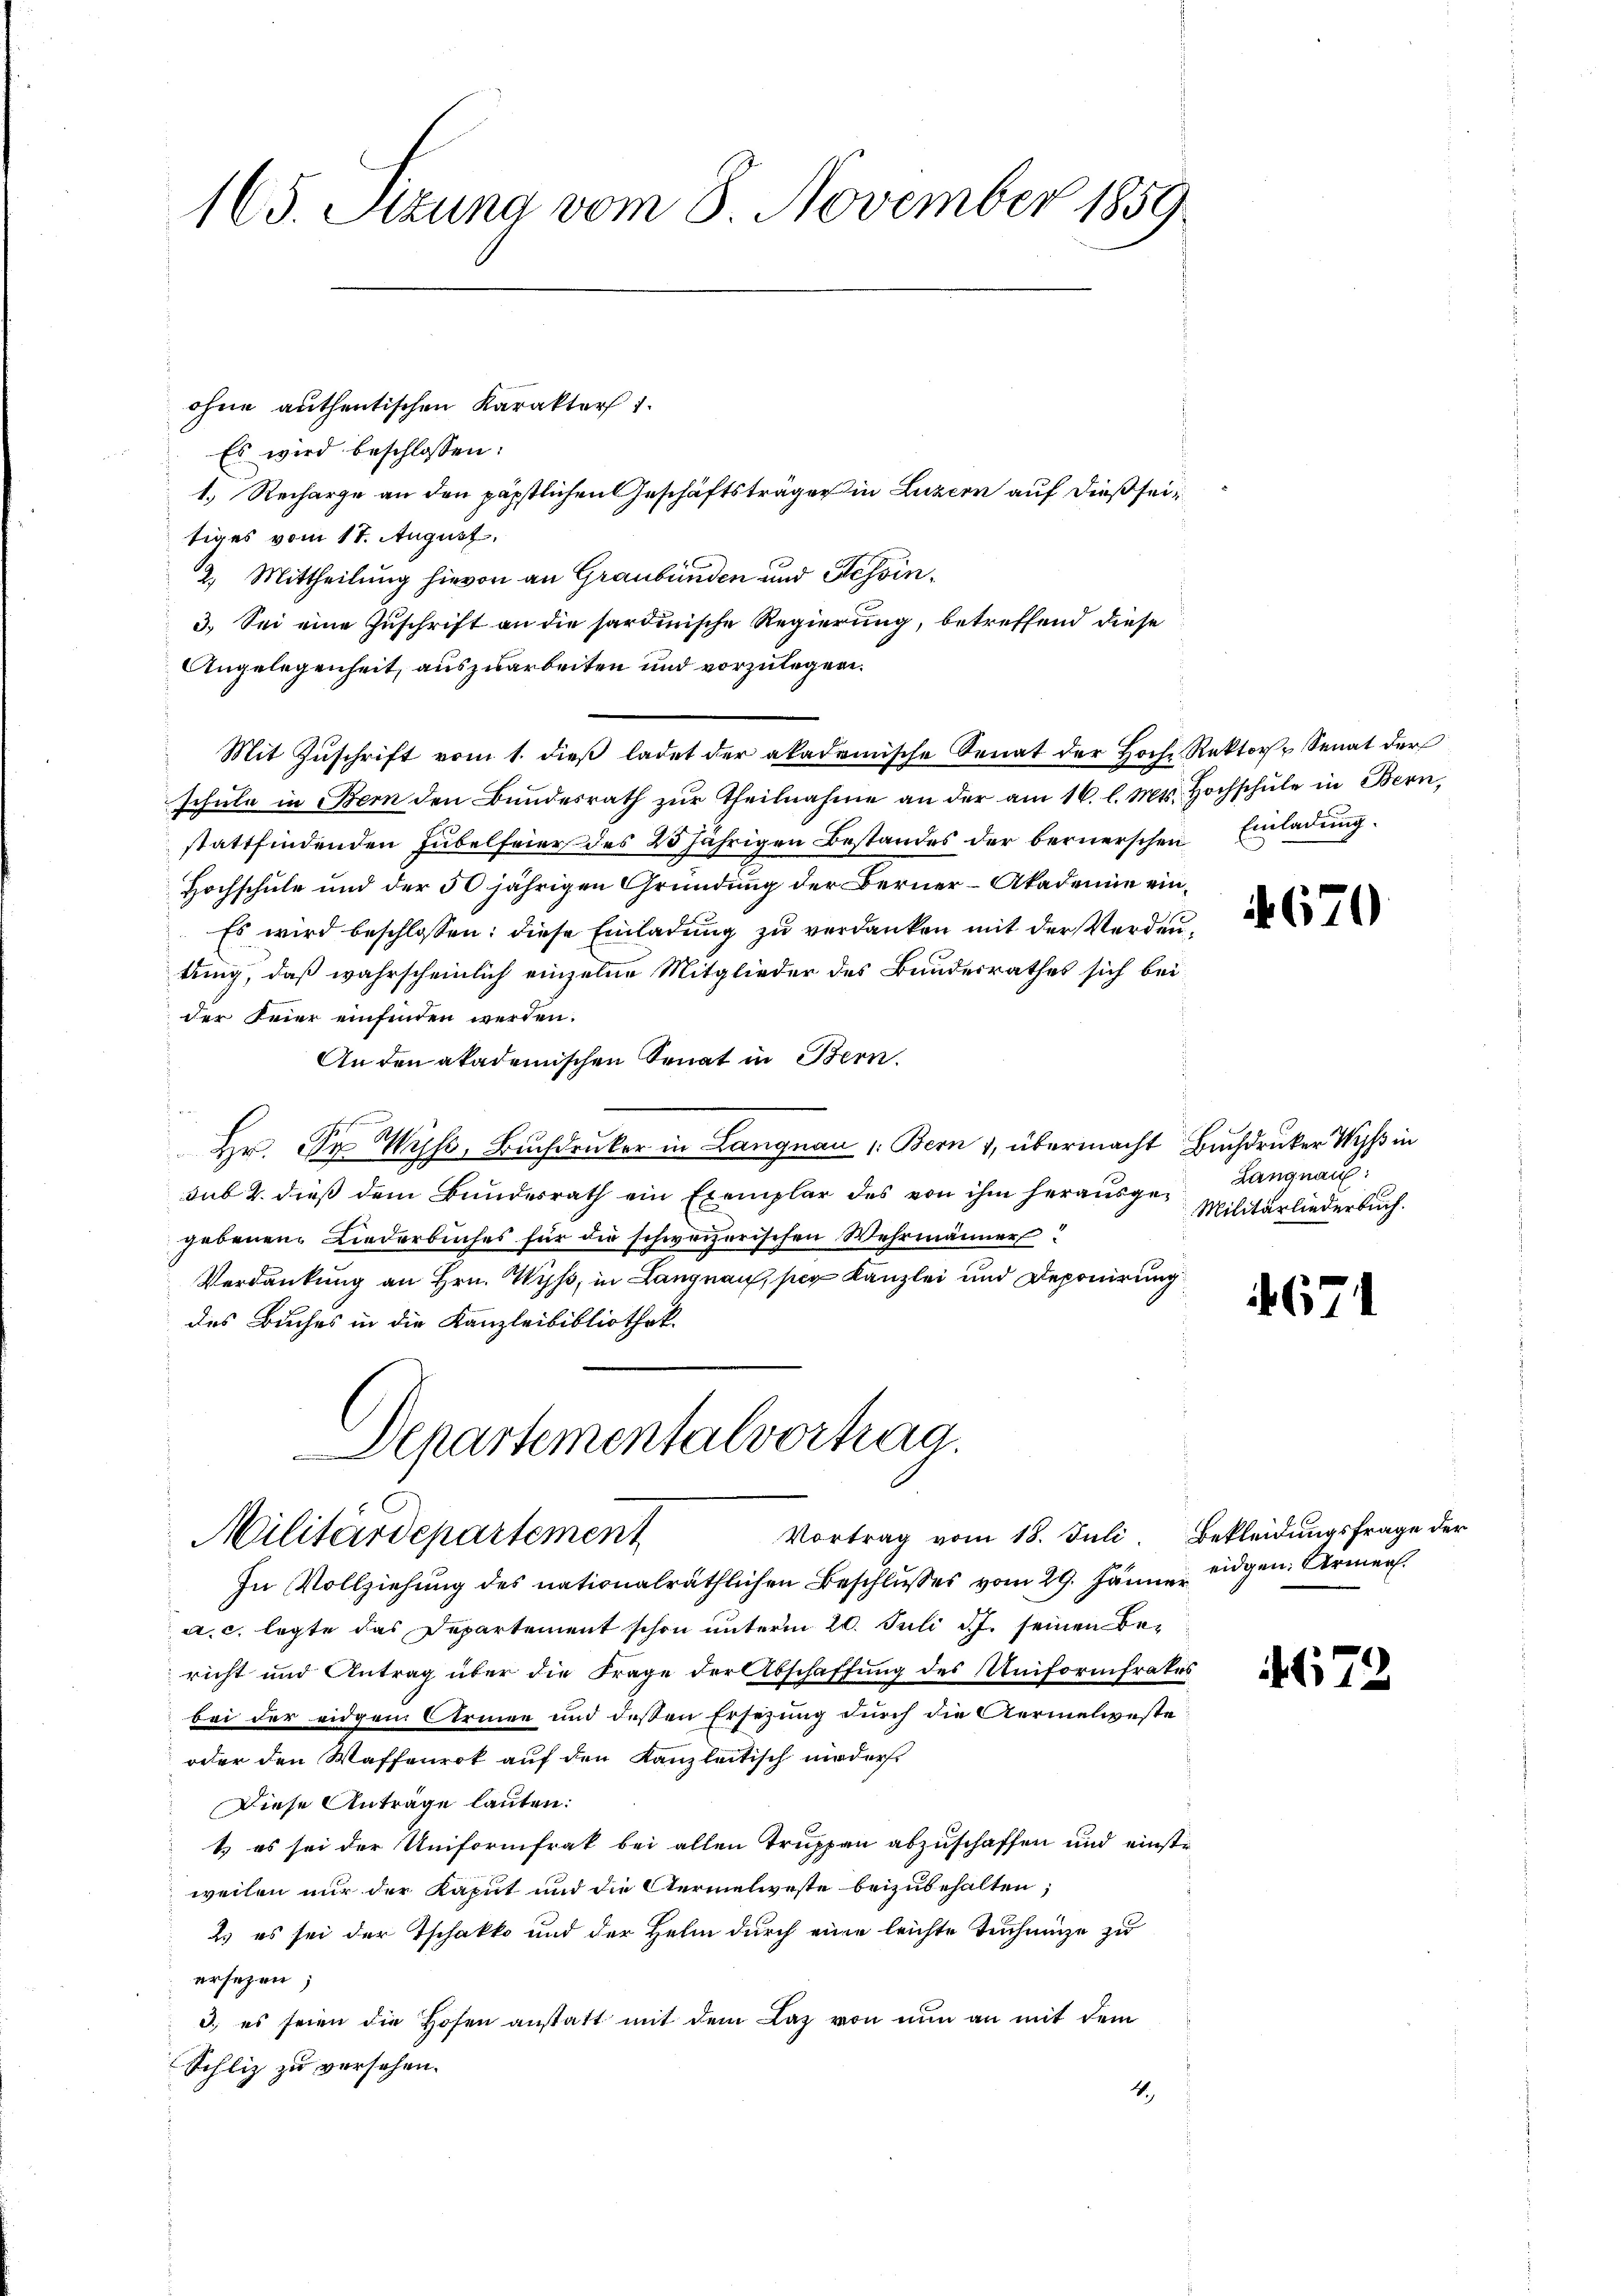
165. Stzung vom 8. November 1859

ohne authentischen Karakter 1
Es wird beschlossen:
1.) Recharge an den päpstlichen Geschäftsträger in Luzern auf dieß seitiges vom 17. August.
12. Mittheilung hievon an Graubünden und Tessin,
3.) Sei eine Zuschrift an die sardinische Regierung, betreffend diese
Angelegenheit, auszuarbeiten und vorzulegen.
Mit Zuschrift vom 1. dieß ladet der akademische Senat der Hoche Rektor Senat der
schŭle in Bern den Bŭndesrath zŭr Theilnahme an der am 16. l. Mts. Hochschŭle in Bern,
stattfindenden Hubelfeier des 25 jährigen Bestandes der bernerschen Einladung.
Hochschule und der 50 jährigen Gründung der Berner-Akademie ein¬
Es wird beschlossen: diese Einladung zu verdanken mit der Verdautung, daß wahrscheinlich einzelne Mitglieder des Bundesrathes sich bei
der Feier einfinden werden.
An den akademischen Senat in Bern.
.
Hr. Dr Wyß, Buchdruker in Langnau 1: Bern 1, übermacht Buchdrucker Wyss in
sub 2. dieß dem Bundesrath ein Exemplar des von ihm herausgegebenen Liederbuches für die schweizerischen Wehrmänner
Verdankung an Hrn. Wyss, in Langnau, per Kanzlei und Deponirung
des Buches in die Kanzleibibliothek.
Departementalvortrag
Vortrag vom 18. Juli. Bekleidungsfrage der
Militärdepartement
In Vollziehung des nationalräthlichen Beschlusses vom 29. Jänner eidgen. Armen
a. c. legte das Departement schon unterm 20. Juli d.J. seinen Bericht und Antrag über die Frage der Abschaffung des Uniformfrakes
bei der eidgen. Armen und dessen Ersezung durch die Aermelweste
oder den Waffenrok auf den Kanzleitisch moder
Diese Anträge lauten:
& es sei der Uniformfrak bei allen Truppen abzuschaffen und einste
weilen nur der Kaput und die Aermelweste beizubehalten;
2. es sei der Tschakko und der Helm durch eine leichte Teichnunge zu
ersetzen;
3., es seien die Hosen anstatt mit dem Laz von nun an mit dem
Schliz zu versehen.
4.

670

Langnau:
Militärliederbuch.

4674

,79